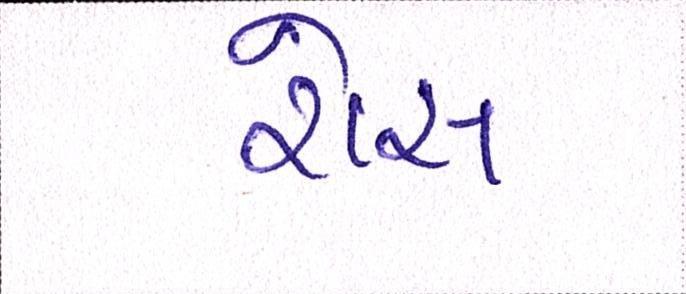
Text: રોસ